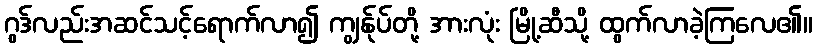
ဂွဒ်လည်းအဆင်သင့်ရောက်လာ၍ ကျွန်ုပ်တို့ အားလုံး မြို့ဆီသို့ ထွက်လာခဲ့ကြလေ၏။